Leaving Certificate Examination, 1925
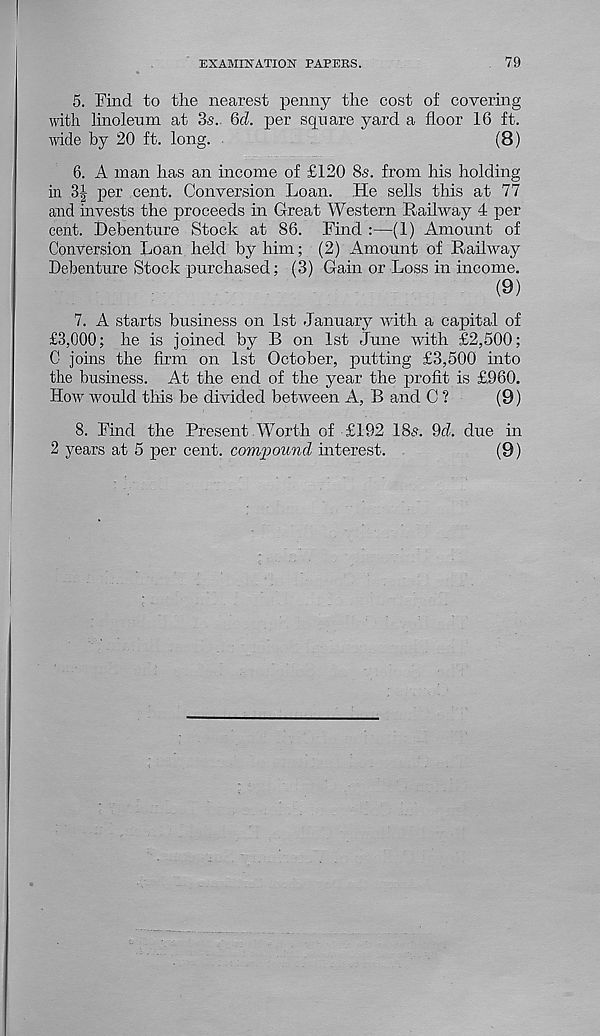
EXAMINATION PAPERS.
79
5. Find to the nearest penny the cost of covering
with linoleum at 3s. Qd. per square yard a floor 16 ft.
wide by 20 ft. long.
(8)
6. A man has an income of £120 8s. from his holding
in 3 : !j per cent. Conversion Loan. He sells this at 77
and invests the proceeds in Great Western Railway 4 per
cent. Debenture Stock at 86. Find :—(1) Amount of
Conversion Loan held by him; (2) Amount of Railway
Debenture Stock purchased; (3) Gain or Loss in income.
(9)
7. A starts business on 1st January with a capital of
£3,000; he is joined by B on 1st June with £2,500;
C joins the firm on 1st October, putting £3,500 into
the business. At the end of the year the profit is £960.
How would this be divided between A, B and C ?
(9)
8. Find the Present Worth of £192 18<s. 9d. due in
2 years at 5 per cent, comjwund interest.
(9)